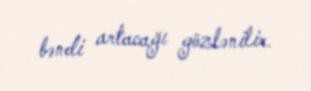
bəndi artacağı gözlənilir.